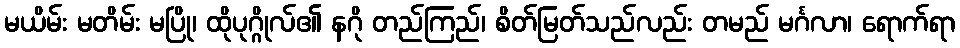
မယိမ်း မတိမ်း မပြို၊ ထိုပုဂ္ဂိုလ်၏ နဂို တည်ကြည်၊ စိတ်မြတ်သည်လည်း တမည် မင်္ဂလာ၊ ရောက်ရာ